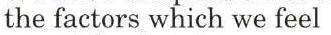
the factors which we feel